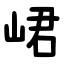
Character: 峮